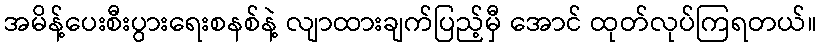
အမိန့်ပေးစီးပွားရေးစနစ်နဲ့ လျာထားချက်ပြည့်မှီ အောင် ထုတ်လုပ်ကြရတယ်။